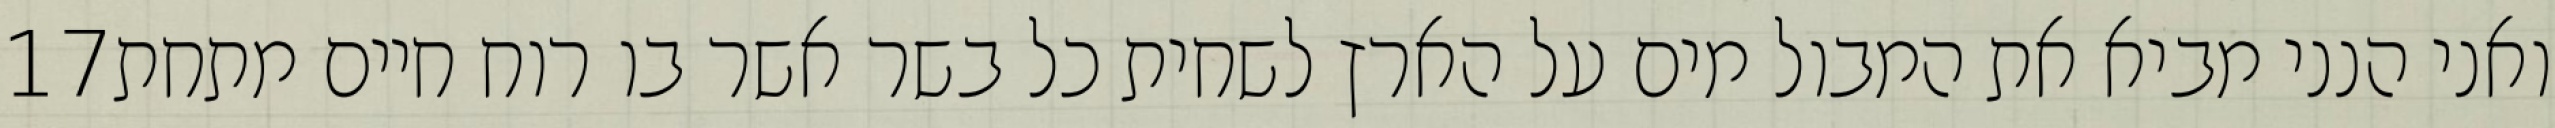
‎17‏ ואני הנני מביא את המבול מים על הארץ לשחית כל בשר אשר בו רוח חיים מתחת